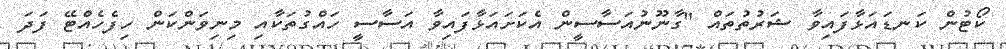
ކޯޓުން ކަނޑައަޅާފައިވާ ޝަރުތުތައް "ގާނޫނުއަސާސީން އެކަށައަޅާފައިވާ އަސާސީ ހައްގުތަކާއި މިނިވަންކަން ހިފެހެއްޓޭ ފަދަ